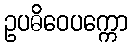
ဥပဓိဝေပက္ကော